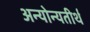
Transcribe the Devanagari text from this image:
अन्योन्यतीर्थ